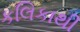
કલિકાથી